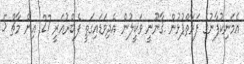
އެމަނިކުފާނުގެ ފަރާތްޕުޅުން ޤާނޫނީ ވަކީލުން އެދިވަޑައިގަތީ ފެބްރުއަރީ 27 އިން މާޗް 5